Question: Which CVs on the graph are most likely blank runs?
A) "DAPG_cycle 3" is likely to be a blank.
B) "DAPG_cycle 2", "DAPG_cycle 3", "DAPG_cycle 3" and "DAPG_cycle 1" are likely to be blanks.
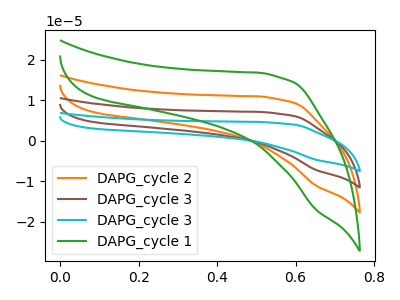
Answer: <think>The orange curve "DAPG_cycle 2" has no peaks. The brown curve "DAPG_cycle 3" has no peaks. The cyan curve "DAPG_cycle 3" has no peaks. The green curve "DAPG_cycle 1" has no peaks.</think>
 <answer>B) "DAPG_cycle 2", "DAPG_cycle 3", "DAPG_cycle 3" and "DAPG_cycle 1" are likely to be blanks.</answer>
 <eval>B</eval>